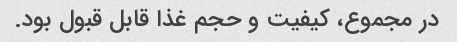
در مجموع، کیفیت و حجم غذا قابل قبول بود.